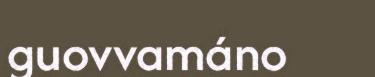
guovvamáno